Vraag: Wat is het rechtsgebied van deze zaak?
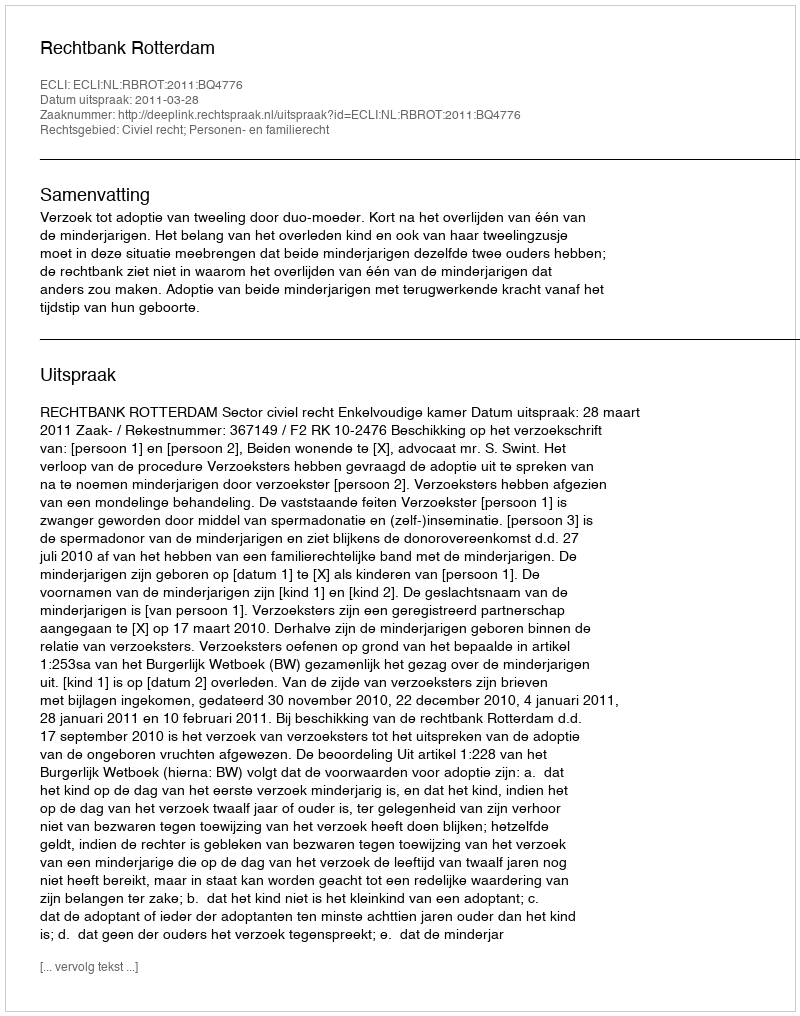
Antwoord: Civiel recht; Personen- en familierecht